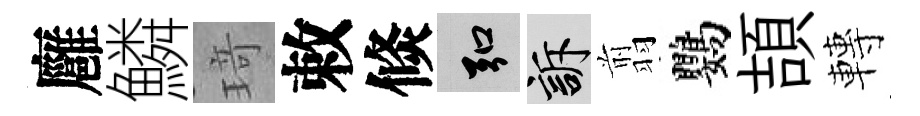
廱鱗𤦺敕倐弘訴翦鸚頡轉